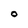
Character: O